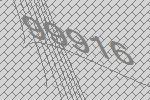
99916